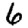
Digit: 6